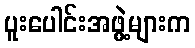
ပူးပေါင်းအဖွဲ့များက